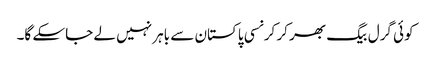
کوئی گرل بیگ بھر کر کرنسی پاکستان سے باہر نہیں لے جاسکے گا۔